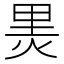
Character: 𭴬